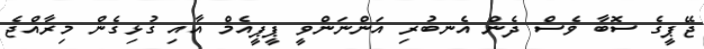
ޖޭޕީގެ ސޮބާ ވެސް ދެން އެނބުރި އަންނަންވީ ޕީޕީއެމް އާއި ގުޅިގެން މިރާއްޖެ